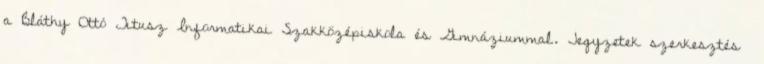
a Bláthy Ottó Titusz Informatikai Szakközépiskola és Gimnáziummal. Jegyzetek szerkesztés